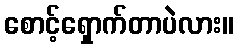
စောင့်ရှောက်တာပဲလား။